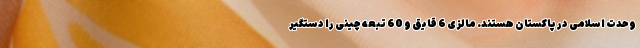
وحدت اسلامی در پاکستان هستند. مالزی 6 قایق و 60 تبعه چینی را دستگیر